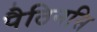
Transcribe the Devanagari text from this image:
पैठिनसि